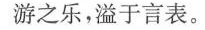
游之乐，溢于言表。